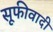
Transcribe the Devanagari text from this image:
सूफीवादी